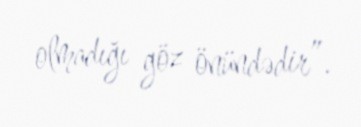
olmadığı göz önündədir”.